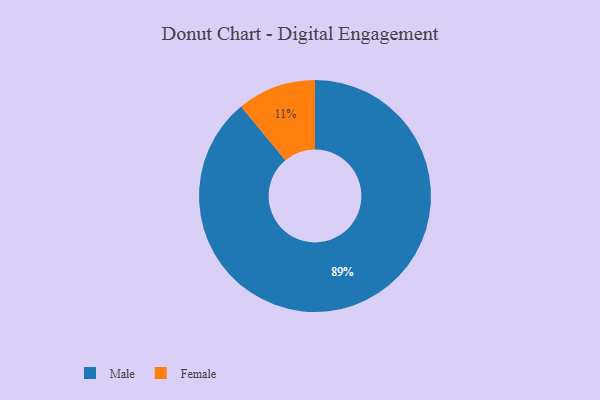
{"axis": {"x": "Category", "y": "Percentage"}, "legend": ["Female", "Male"], "data": [{"x": "Female", "y": 11, "type": "Female"}, {"x": "Male", "y": 89, "type": "Male"}]}